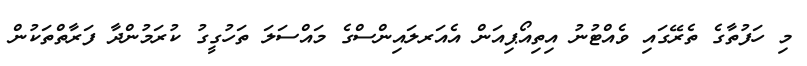
މި ހަފުތާގެ ތެރޭގައި ވެއްޓުނު އިތިއޯޕިއަން އެއަރލައިންސްގެ މައްސަލަ ތަހުގީގު ކުރަމުންދާ ފަރާތްތަކުން